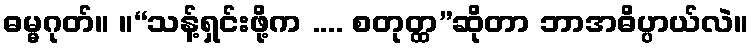
ဓမ္မဂုတ်။ ။“သန့်ရှင်းဖို့က .... စတုတ္ထ”ဆိုတာ ဘာအဓိပ္ပာယ်လဲ။